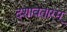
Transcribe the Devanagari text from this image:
दशावतारम्‌